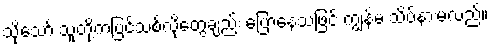
သို့သော် သူတို့ကပြင်သစ်လိုတွေချည်း ပြောနေသဖြင့် ကျွန်မ သိပ်နားမလည်။